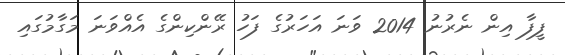
ފީފާ އިން ނެރުނު 2014 ވަނަ އަހަރުގެ ފަހު ރޭންކިންގެ އެއްވަނަ މަގާމުގައި